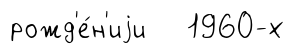
рожд'е́н'иjи 1960-х